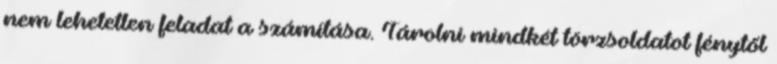
nem lehetetlen feladat a számítása. Tárolni mindkét törzsoldatot fénytől